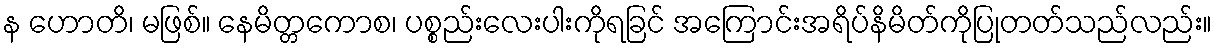
န ဟောတိ၊ မဖြစ်။ နေမိတ္တကောစ၊ ပစ္စည်းလေးပါးကိုရခြင် အကြောင်းအရိပ်နိမိတ်ကိုပြုတတ်သည်လည်း။